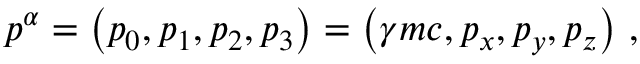
p ^ { \alpha } = \left( p _ { 0 } , p _ { 1 } , p _ { 2 } , p _ { 3 } \right) = \left( \gamma m c , p _ { x } , p _ { y } , p _ { z } \right) \, ,